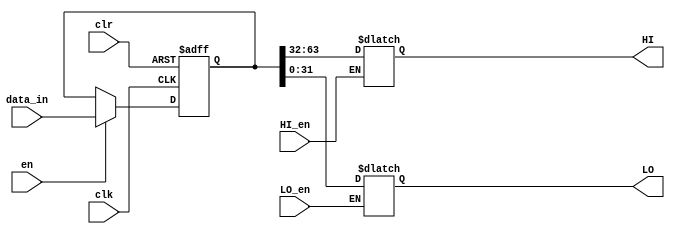
// Simple 64 bit register, high or low 32bits are selected via enable
module reg64 (
	output reg [31:0] HI, LO,
	input wire [63:0] data_in,
	input wire en, clk, clr, LO_en, HI_en
);

reg [63:0] data;
wire [63:0] data_wire;
assign data_wire = data;

// Set initial value
initial begin
	data <= 0;
	HI <= 0;
	LO <= 0;
end

always@(*) begin
	if (LO_en == 1)
		LO = data_wire[31:0];
	if (HI_en == 1)
		HI = data_wire[63:32];
end
		
always@(posedge clk, posedge clr) begin
	if(clr == 1)
		data <= 0;
	else if (en == 1)
		data <= data_in;
end

endmodule